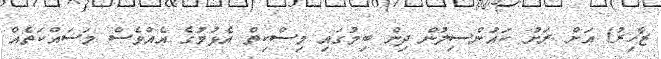
ޒާހިރު) އަށް ރަށު ކައުންސިލުން ދިން ބިމުގައި މިސްކިތް އެޅުމުގެ އެއްވެސް މަސައްކަތެއް